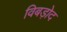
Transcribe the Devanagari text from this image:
विबड़ोद